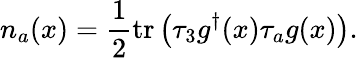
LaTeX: n_{a}(x)=\frac{1}{2}\mathrm{tr}\left(\tau_{3}g^{\dagger}(x)\tau_{a}g(x)\right).